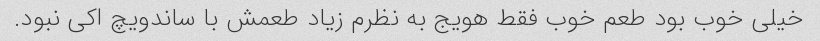
خیلی خوب بود طعم خوب فقط هویج به نظرم زیاد طعمش با ساندویچ اکی نبود.